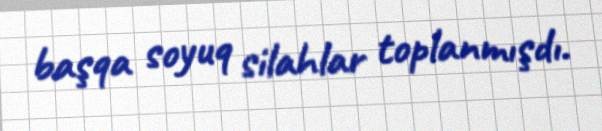
başqa soyuq silahlar toplanmışdı.